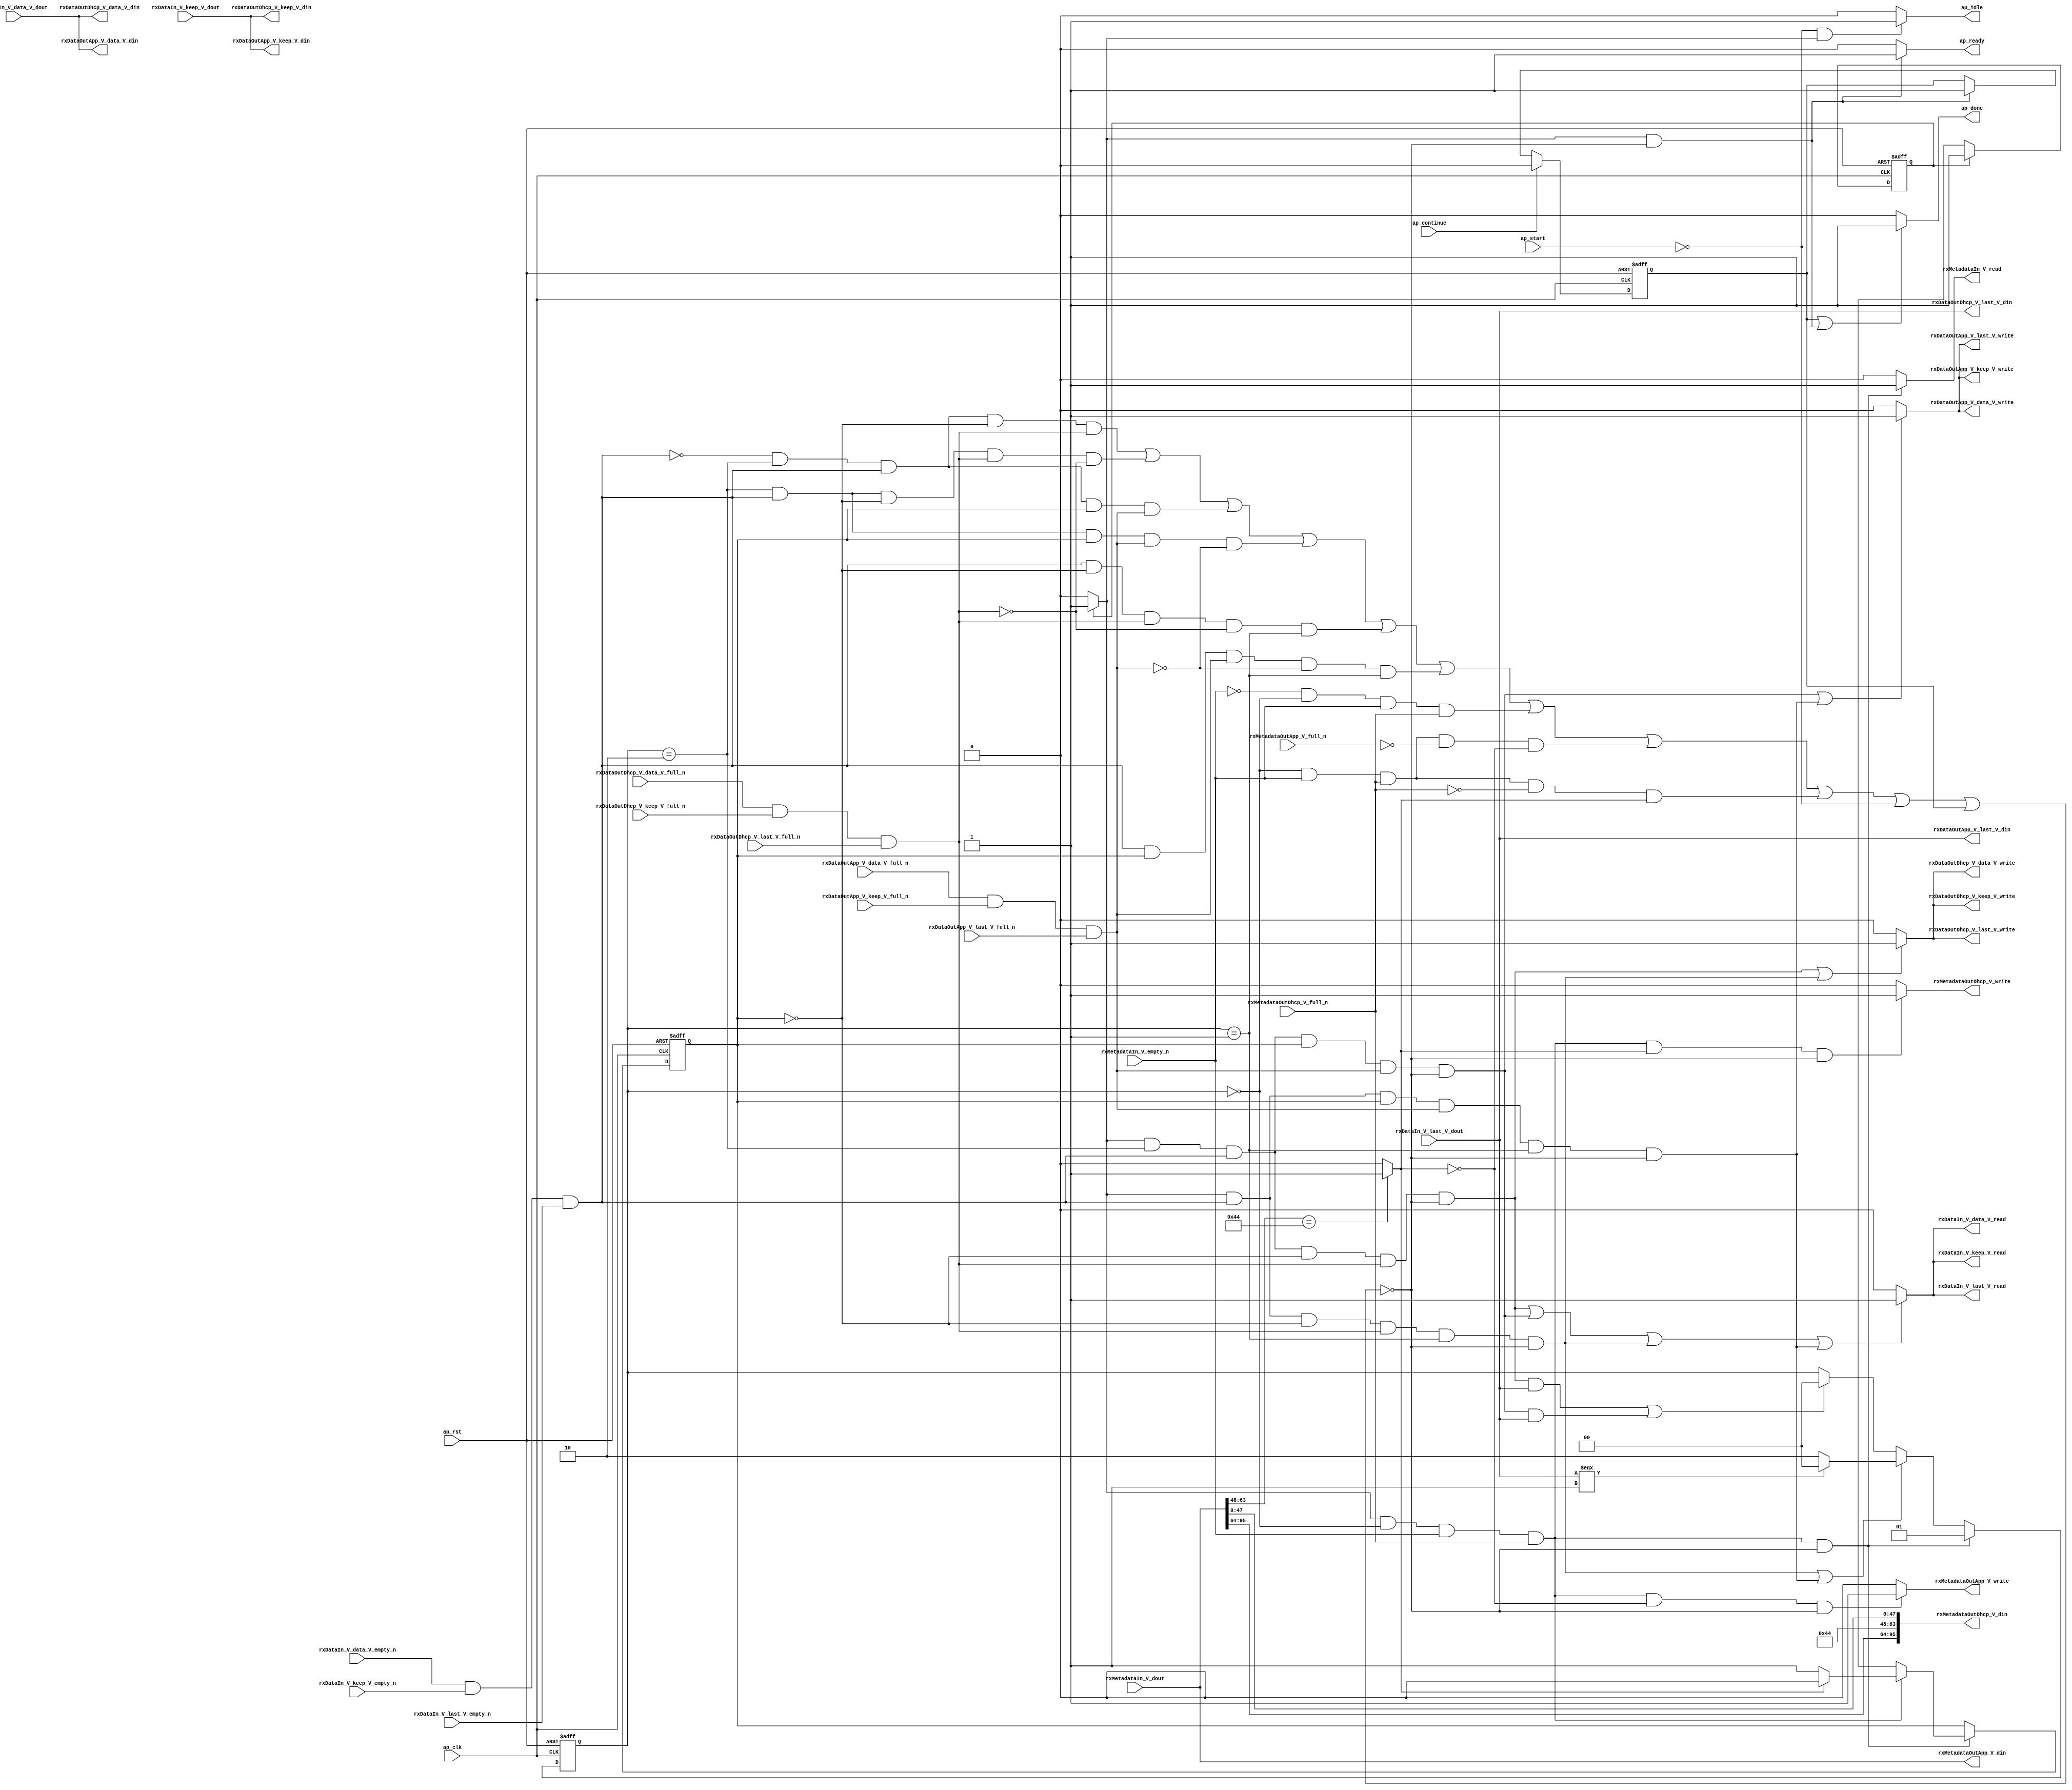
// ==============================================================
// RTL generated by Vivado(TM) HLS - High-Level Synthesis from C, C++ and SystemC
// Version: 2015.1
// Copyright (C) 2015 Xilinx Inc. All rights reserved.
// 
// ===========================================================

`timescale 1 ns / 1 ps 

module udpAppMux_appMuxRxPath (
        ap_clk,
        ap_rst,
        ap_start,
        ap_done,
        ap_continue,
        ap_idle,
        ap_ready,
        rxDataIn_V_data_V_dout,
        rxDataIn_V_data_V_empty_n,
        rxDataIn_V_data_V_read,
        rxDataIn_V_keep_V_dout,
        rxDataIn_V_keep_V_empty_n,
        rxDataIn_V_keep_V_read,
        rxDataIn_V_last_V_dout,
        rxDataIn_V_last_V_empty_n,
        rxDataIn_V_last_V_read,
        rxMetadataIn_V_dout,
        rxMetadataIn_V_empty_n,
        rxMetadataIn_V_read,
        rxDataOutDhcp_V_data_V_din,
        rxDataOutDhcp_V_data_V_full_n,
        rxDataOutDhcp_V_data_V_write,
        rxDataOutDhcp_V_keep_V_din,
        rxDataOutDhcp_V_keep_V_full_n,
        rxDataOutDhcp_V_keep_V_write,
        rxDataOutDhcp_V_last_V_din,
        rxDataOutDhcp_V_last_V_full_n,
        rxDataOutDhcp_V_last_V_write,
        rxMetadataOutDhcp_V_din,
        rxMetadataOutDhcp_V_full_n,
        rxMetadataOutDhcp_V_write,
        rxDataOutApp_V_data_V_din,
        rxDataOutApp_V_data_V_full_n,
        rxDataOutApp_V_data_V_write,
        rxDataOutApp_V_keep_V_din,
        rxDataOutApp_V_keep_V_full_n,
        rxDataOutApp_V_keep_V_write,
        rxDataOutApp_V_last_V_din,
        rxDataOutApp_V_last_V_full_n,
        rxDataOutApp_V_last_V_write,
        rxMetadataOutApp_V_din,
        rxMetadataOutApp_V_full_n,
        rxMetadataOutApp_V_write
);

parameter    ap_const_logic_1 = 1'b1;
parameter    ap_const_logic_0 = 1'b0;
parameter    ap_ST_st1_fsm_0 = 1'b1;
parameter    ap_const_lv32_0 = 32'b00000000000000000000000000000000;
parameter    ap_const_lv1_1 = 1'b1;
parameter    ap_const_lv2_0 = 2'b00;
parameter    ap_const_lv1_0 = 1'b0;
parameter    ap_const_lv2_2 = 2'b10;
parameter    ap_const_lv2_1 = 2'b1;
parameter    ap_const_lv32_30 = 32'b110000;
parameter    ap_const_lv32_3F = 32'b111111;
parameter    ap_const_lv16_44 = 16'b1000100;
parameter    ap_const_lv32_40 = 32'b1000000;
parameter    ap_const_lv32_5F = 32'b1011111;
parameter    ap_true = 1'b1;

input   ap_clk;
input   ap_rst;
input   ap_start;
output   ap_done;
input   ap_continue;
output   ap_idle;
output   ap_ready;
input  [63:0] rxDataIn_V_data_V_dout;
input   rxDataIn_V_data_V_empty_n;
output   rxDataIn_V_data_V_read;
input  [7:0] rxDataIn_V_keep_V_dout;
input   rxDataIn_V_keep_V_empty_n;
output   rxDataIn_V_keep_V_read;
input  [0:0] rxDataIn_V_last_V_dout;
input   rxDataIn_V_last_V_empty_n;
output   rxDataIn_V_last_V_read;
input  [95:0] rxMetadataIn_V_dout;
input   rxMetadataIn_V_empty_n;
output   rxMetadataIn_V_read;
output  [63:0] rxDataOutDhcp_V_data_V_din;
input   rxDataOutDhcp_V_data_V_full_n;
output   rxDataOutDhcp_V_data_V_write;
output  [7:0] rxDataOutDhcp_V_keep_V_din;
input   rxDataOutDhcp_V_keep_V_full_n;
output   rxDataOutDhcp_V_keep_V_write;
output  [0:0] rxDataOutDhcp_V_last_V_din;
input   rxDataOutDhcp_V_last_V_full_n;
output   rxDataOutDhcp_V_last_V_write;
output  [95:0] rxMetadataOutDhcp_V_din;
input   rxMetadataOutDhcp_V_full_n;
output   rxMetadataOutDhcp_V_write;
output  [63:0] rxDataOutApp_V_data_V_din;
input   rxDataOutApp_V_data_V_full_n;
output   rxDataOutApp_V_data_V_write;
output  [7:0] rxDataOutApp_V_keep_V_din;
input   rxDataOutApp_V_keep_V_full_n;
output   rxDataOutApp_V_keep_V_write;
output  [0:0] rxDataOutApp_V_last_V_din;
input   rxDataOutApp_V_last_V_full_n;
output   rxDataOutApp_V_last_V_write;
output  [95:0] rxMetadataOutApp_V_din;
input   rxMetadataOutApp_V_full_n;
output   rxMetadataOutApp_V_write;

reg ap_done;
reg ap_idle;
reg ap_ready;
reg rxMetadataIn_V_read;
reg rxMetadataOutDhcp_V_write;
reg rxMetadataOutApp_V_write;
reg    ap_done_reg = 1'b0;
(* fsm_encoding = "none" *) reg   [0:0] ap_CS_fsm = 1'b1;
reg    ap_sig_cseq_ST_st1_fsm_0;
reg    ap_sig_bdd_20;
reg   [1:0] shimState = 2'b00;
reg   [0:0] streamSourceRx_V = 1'b0;
reg   [0:0] storemerge_phi_fu_294_p4;
wire    rxDataIn_V_data_V0_status;
wire   [0:0] grp_nbreadreq_fu_182_p5;
wire   [0:0] grp_nbwritereq_fu_194_p5;
wire    rxDataOutDhcp_V_data_V1_status;
wire   [0:0] grp_nbwritereq_fu_229_p5;
wire    rxDataOutApp_V_data_V1_status;
wire   [0:0] tmp_nbreadreq_fu_254_p3;
wire   [0:0] tmp_1_nbwritereq_fu_262_p3;
wire   [0:0] tmp_6_fu_359_p2;
reg    ap_sig_bdd_157;
reg    rxDataIn_V_data_V0_update;
reg    rxDataOutDhcp_V_data_V1_update;
wire   [0:0] grp_fu_315_p1;
reg    rxDataOutApp_V_data_V1_update;
wire   [1:0] grp_fu_327_p3;
wire   [15:0] tmp_destinationSocket_port_V_fu_349_p4;
wire   [31:0] tmp_destinationSocket_addr_V_fu_365_p4;
wire   [47:0] tmp_10_fu_375_p1;
reg   [0:0] ap_NS_fsm;
reg    ap_sig_bdd_266;




/// the current state (ap_CS_fsm) of the state machine. ///
always @ (posedge ap_rst or posedge ap_clk)
begin : ap_ret_ap_CS_fsm
    if (ap_rst == 1'b1) begin
        ap_CS_fsm <= ap_ST_st1_fsm_0;
    end else begin
        ap_CS_fsm <= ap_NS_fsm;
    end
end

/// ap_done_reg assign process. ///
always @ (posedge ap_rst or posedge ap_clk)
begin : ap_ret_ap_done_reg
    if (ap_rst == 1'b1) begin
        ap_done_reg <= ap_const_logic_0;
    end else begin
        if ((ap_const_logic_1 == ap_continue)) begin
            ap_done_reg <= ap_const_logic_0;
        end else if (((ap_const_logic_1 == ap_sig_cseq_ST_st1_fsm_0) & ~ap_sig_bdd_157)) begin
            ap_done_reg <= ap_const_logic_1;
        end
    end
end

/// shimState assign process. ///
always @ (posedge ap_rst or posedge ap_clk)
begin : ap_ret_shimState
    if (ap_rst == 1'b1) begin
        shimState <= ap_const_lv2_0;
    end else begin
        if (((ap_const_logic_1 == ap_sig_cseq_ST_st1_fsm_0) & (ap_const_lv2_0 == shimState) & ~(ap_const_lv1_0 == tmp_nbreadreq_fu_254_p3) & ~(ap_const_lv1_0 == tmp_1_nbwritereq_fu_262_p3) & ~ap_sig_bdd_157)) begin
            shimState <= ap_const_lv2_1;
        end else if ((((ap_const_logic_1 == ap_sig_cseq_ST_st1_fsm_0) & ~(ap_const_lv1_0 == grp_nbreadreq_fu_182_p5) & (ap_const_lv1_0 == streamSourceRx_V) & ~(ap_const_lv1_0 == grp_nbwritereq_fu_194_p5) & (shimState == ap_const_lv2_1) & ~ap_sig_bdd_157) | ((ap_const_logic_1 == ap_sig_cseq_ST_st1_fsm_0) & ~(ap_const_lv1_0 == grp_nbreadreq_fu_182_p5) & ~(ap_const_lv1_0 == streamSourceRx_V) & ~(ap_const_lv1_0 == grp_nbwritereq_fu_229_p5) & (shimState == ap_const_lv2_1) & ~ap_sig_bdd_157))) begin
            shimState <= grp_fu_327_p3;
        end else if ((((ap_const_logic_1 == ap_sig_cseq_ST_st1_fsm_0) & (shimState == ap_const_lv2_2) & ~(ap_const_lv1_0 == grp_nbreadreq_fu_182_p5) & (ap_const_lv1_0 == streamSourceRx_V) & ~(ap_const_lv1_0 == grp_nbwritereq_fu_194_p5) & ~ap_sig_bdd_157 & ~(ap_const_lv1_0 == grp_fu_315_p1)) | ((ap_const_logic_1 == ap_sig_cseq_ST_st1_fsm_0) & (shimState == ap_const_lv2_2) & ~(ap_const_lv1_0 == grp_nbreadreq_fu_182_p5) & ~(ap_const_lv1_0 == streamSourceRx_V) & ~(ap_const_lv1_0 == grp_nbwritereq_fu_229_p5) & ~ap_sig_bdd_157 & ~(ap_const_lv1_0 == grp_fu_315_p1)))) begin
            shimState <= ap_const_lv2_0;
        end
    end
end

/// streamSourceRx_V assign process. ///
always @ (posedge ap_rst or posedge ap_clk)
begin : ap_ret_streamSourceRx_V
    if (ap_rst == 1'b1) begin
        streamSourceRx_V <= ap_const_lv1_0;
    end else begin
        if (((ap_const_logic_1 == ap_sig_cseq_ST_st1_fsm_0) & (ap_const_lv2_0 == shimState) & ~(ap_const_lv1_0 == tmp_nbreadreq_fu_254_p3) & ~(ap_const_lv1_0 == tmp_1_nbwritereq_fu_262_p3) & ~ap_sig_bdd_157)) begin
            streamSourceRx_V <= storemerge_phi_fu_294_p4;
        end
    end
end

/// ap_done assign process. ///
always @ (ap_done_reg or ap_sig_cseq_ST_st1_fsm_0 or ap_sig_bdd_157)
begin
    if (((ap_const_logic_1 == ap_done_reg) | ((ap_const_logic_1 == ap_sig_cseq_ST_st1_fsm_0) & ~ap_sig_bdd_157))) begin
        ap_done = ap_const_logic_1;
    end else begin
        ap_done = ap_const_logic_0;
    end
end

/// ap_idle assign process. ///
always @ (ap_start or ap_sig_cseq_ST_st1_fsm_0)
begin
    if ((~(ap_const_logic_1 == ap_start) & (ap_const_logic_1 == ap_sig_cseq_ST_st1_fsm_0))) begin
        ap_idle = ap_const_logic_1;
    end else begin
        ap_idle = ap_const_logic_0;
    end
end

/// ap_ready assign process. ///
always @ (ap_sig_cseq_ST_st1_fsm_0 or ap_sig_bdd_157)
begin
    if (((ap_const_logic_1 == ap_sig_cseq_ST_st1_fsm_0) & ~ap_sig_bdd_157)) begin
        ap_ready = ap_const_logic_1;
    end else begin
        ap_ready = ap_const_logic_0;
    end
end

/// ap_sig_cseq_ST_st1_fsm_0 assign process. ///
always @ (ap_sig_bdd_20)
begin
    if (ap_sig_bdd_20) begin
        ap_sig_cseq_ST_st1_fsm_0 = ap_const_logic_1;
    end else begin
        ap_sig_cseq_ST_st1_fsm_0 = ap_const_logic_0;
    end
end

/// rxDataIn_V_data_V0_update assign process. ///
always @ (ap_sig_cseq_ST_st1_fsm_0 or shimState or streamSourceRx_V or grp_nbreadreq_fu_182_p5 or grp_nbwritereq_fu_194_p5 or grp_nbwritereq_fu_229_p5 or ap_sig_bdd_157)
begin
    if ((((ap_const_logic_1 == ap_sig_cseq_ST_st1_fsm_0) & (shimState == ap_const_lv2_2) & ~(ap_const_lv1_0 == grp_nbreadreq_fu_182_p5) & (ap_const_lv1_0 == streamSourceRx_V) & ~(ap_const_lv1_0 == grp_nbwritereq_fu_194_p5) & ~ap_sig_bdd_157) | ((ap_const_logic_1 == ap_sig_cseq_ST_st1_fsm_0) & (shimState == ap_const_lv2_2) & ~(ap_const_lv1_0 == grp_nbreadreq_fu_182_p5) & ~(ap_const_lv1_0 == streamSourceRx_V) & ~(ap_const_lv1_0 == grp_nbwritereq_fu_229_p5) & ~ap_sig_bdd_157) | ((ap_const_logic_1 == ap_sig_cseq_ST_st1_fsm_0) & ~(ap_const_lv1_0 == grp_nbreadreq_fu_182_p5) & (ap_const_lv1_0 == streamSourceRx_V) & ~(ap_const_lv1_0 == grp_nbwritereq_fu_194_p5) & (shimState == ap_const_lv2_1) & ~ap_sig_bdd_157) | ((ap_const_logic_1 == ap_sig_cseq_ST_st1_fsm_0) & ~(ap_const_lv1_0 == grp_nbreadreq_fu_182_p5) & ~(ap_const_lv1_0 == streamSourceRx_V) & ~(ap_const_lv1_0 == grp_nbwritereq_fu_229_p5) & (shimState == ap_const_lv2_1) & ~ap_sig_bdd_157))) begin
        rxDataIn_V_data_V0_update = ap_const_logic_1;
    end else begin
        rxDataIn_V_data_V0_update = ap_const_logic_0;
    end
end

/// rxDataOutApp_V_data_V1_update assign process. ///
always @ (ap_sig_cseq_ST_st1_fsm_0 or shimState or streamSourceRx_V or grp_nbreadreq_fu_182_p5 or grp_nbwritereq_fu_229_p5 or ap_sig_bdd_157)
begin
    if ((((ap_const_logic_1 == ap_sig_cseq_ST_st1_fsm_0) & (shimState == ap_const_lv2_2) & ~(ap_const_lv1_0 == grp_nbreadreq_fu_182_p5) & ~(ap_const_lv1_0 == streamSourceRx_V) & ~(ap_const_lv1_0 == grp_nbwritereq_fu_229_p5) & ~ap_sig_bdd_157) | ((ap_const_logic_1 == ap_sig_cseq_ST_st1_fsm_0) & ~(ap_const_lv1_0 == grp_nbreadreq_fu_182_p5) & ~(ap_const_lv1_0 == streamSourceRx_V) & ~(ap_const_lv1_0 == grp_nbwritereq_fu_229_p5) & (shimState == ap_const_lv2_1) & ~ap_sig_bdd_157))) begin
        rxDataOutApp_V_data_V1_update = ap_const_logic_1;
    end else begin
        rxDataOutApp_V_data_V1_update = ap_const_logic_0;
    end
end

/// rxDataOutDhcp_V_data_V1_update assign process. ///
always @ (ap_sig_cseq_ST_st1_fsm_0 or shimState or streamSourceRx_V or grp_nbreadreq_fu_182_p5 or grp_nbwritereq_fu_194_p5 or ap_sig_bdd_157)
begin
    if ((((ap_const_logic_1 == ap_sig_cseq_ST_st1_fsm_0) & (shimState == ap_const_lv2_2) & ~(ap_const_lv1_0 == grp_nbreadreq_fu_182_p5) & (ap_const_lv1_0 == streamSourceRx_V) & ~(ap_const_lv1_0 == grp_nbwritereq_fu_194_p5) & ~ap_sig_bdd_157) | ((ap_const_logic_1 == ap_sig_cseq_ST_st1_fsm_0) & ~(ap_const_lv1_0 == grp_nbreadreq_fu_182_p5) & (ap_const_lv1_0 == streamSourceRx_V) & ~(ap_const_lv1_0 == grp_nbwritereq_fu_194_p5) & (shimState == ap_const_lv2_1) & ~ap_sig_bdd_157))) begin
        rxDataOutDhcp_V_data_V1_update = ap_const_logic_1;
    end else begin
        rxDataOutDhcp_V_data_V1_update = ap_const_logic_0;
    end
end

/// rxMetadataIn_V_read assign process. ///
always @ (ap_sig_cseq_ST_st1_fsm_0 or shimState or tmp_nbreadreq_fu_254_p3 or tmp_1_nbwritereq_fu_262_p3 or ap_sig_bdd_157)
begin
    if (((ap_const_logic_1 == ap_sig_cseq_ST_st1_fsm_0) & (ap_const_lv2_0 == shimState) & ~(ap_const_lv1_0 == tmp_nbreadreq_fu_254_p3) & ~(ap_const_lv1_0 == tmp_1_nbwritereq_fu_262_p3) & ~ap_sig_bdd_157)) begin
        rxMetadataIn_V_read = ap_const_logic_1;
    end else begin
        rxMetadataIn_V_read = ap_const_logic_0;
    end
end

/// rxMetadataOutApp_V_write assign process. ///
always @ (ap_sig_cseq_ST_st1_fsm_0 or shimState or tmp_nbreadreq_fu_254_p3 or tmp_1_nbwritereq_fu_262_p3 or tmp_6_fu_359_p2 or ap_sig_bdd_157)
begin
    if (((ap_const_logic_1 == ap_sig_cseq_ST_st1_fsm_0) & (ap_const_lv2_0 == shimState) & ~(ap_const_lv1_0 == tmp_nbreadreq_fu_254_p3) & ~(ap_const_lv1_0 == tmp_1_nbwritereq_fu_262_p3) & (ap_const_lv1_0 == tmp_6_fu_359_p2) & ~ap_sig_bdd_157)) begin
        rxMetadataOutApp_V_write = ap_const_logic_1;
    end else begin
        rxMetadataOutApp_V_write = ap_const_logic_0;
    end
end

/// rxMetadataOutDhcp_V_write assign process. ///
always @ (ap_sig_cseq_ST_st1_fsm_0 or shimState or tmp_nbreadreq_fu_254_p3 or tmp_1_nbwritereq_fu_262_p3 or tmp_6_fu_359_p2 or ap_sig_bdd_157)
begin
    if (((ap_const_logic_1 == ap_sig_cseq_ST_st1_fsm_0) & (ap_const_lv2_0 == shimState) & ~(ap_const_lv1_0 == tmp_nbreadreq_fu_254_p3) & ~(ap_const_lv1_0 == tmp_1_nbwritereq_fu_262_p3) & ~(ap_const_lv1_0 == tmp_6_fu_359_p2) & ~ap_sig_bdd_157)) begin
        rxMetadataOutDhcp_V_write = ap_const_logic_1;
    end else begin
        rxMetadataOutDhcp_V_write = ap_const_logic_0;
    end
end

/// storemerge_phi_fu_294_p4 assign process. ///
always @ (tmp_6_fu_359_p2 or ap_sig_bdd_266)
begin
    if (ap_sig_bdd_266) begin
        if (~(ap_const_lv1_0 == tmp_6_fu_359_p2)) begin
            storemerge_phi_fu_294_p4 = ap_const_lv1_0;
        end else if ((ap_const_lv1_0 == tmp_6_fu_359_p2)) begin
            storemerge_phi_fu_294_p4 = ap_const_lv1_1;
        end else begin
            storemerge_phi_fu_294_p4 = 'bx;
        end
    end else begin
        storemerge_phi_fu_294_p4 = 'bx;
    end
end
/// the next state (ap_NS_fsm) of the state machine. ///
always @ (ap_CS_fsm or ap_sig_bdd_157)
begin
    case (ap_CS_fsm)
        ap_ST_st1_fsm_0 : 
        begin
            ap_NS_fsm = ap_ST_st1_fsm_0;
        end
        default : 
        begin
            ap_NS_fsm = 'bx;
        end
    endcase
end


/// ap_sig_bdd_157 assign process. ///
always @ (ap_start or ap_done_reg or rxMetadataIn_V_empty_n or rxMetadataOutDhcp_V_full_n or rxMetadataOutApp_V_full_n or shimState or streamSourceRx_V or rxDataIn_V_data_V0_status or grp_nbreadreq_fu_182_p5 or grp_nbwritereq_fu_194_p5 or rxDataOutDhcp_V_data_V1_status or grp_nbwritereq_fu_229_p5 or rxDataOutApp_V_data_V1_status or tmp_nbreadreq_fu_254_p3 or tmp_1_nbwritereq_fu_262_p3 or tmp_6_fu_359_p2)
begin
    ap_sig_bdd_157 = (((rxDataIn_V_data_V0_status == ap_const_logic_0) & (shimState == ap_const_lv2_2) & ~(ap_const_lv1_0 == grp_nbreadreq_fu_182_p5) & (ap_const_lv1_0 == streamSourceRx_V) & ~(ap_const_lv1_0 == grp_nbwritereq_fu_194_p5)) | ((shimState == ap_const_lv2_2) & ~(ap_const_lv1_0 == grp_nbreadreq_fu_182_p5) & (ap_const_lv1_0 == streamSourceRx_V) & ~(ap_const_lv1_0 == grp_nbwritereq_fu_194_p5) & (rxDataOutDhcp_V_data_V1_status == ap_const_logic_0)) | ((rxDataIn_V_data_V0_status == ap_const_logic_0) & (shimState == ap_const_lv2_2) & ~(ap_const_lv1_0 == grp_nbreadreq_fu_182_p5) & ~(ap_const_lv1_0 == streamSourceRx_V) & ~(ap_const_lv1_0 == grp_nbwritereq_fu_229_p5)) | ((shimState == ap_const_lv2_2) & ~(ap_const_lv1_0 == grp_nbreadreq_fu_182_p5) & ~(ap_const_lv1_0 == streamSourceRx_V) & ~(ap_const_lv1_0 == grp_nbwritereq_fu_229_p5) & (rxDataOutApp_V_data_V1_status == ap_const_logic_0)) | ((rxDataIn_V_data_V0_status == ap_const_logic_0) & ~(ap_const_lv1_0 == grp_nbreadreq_fu_182_p5) & (ap_const_lv1_0 == streamSourceRx_V) & ~(ap_const_lv1_0 == grp_nbwritereq_fu_194_p5) & (shimState == ap_const_lv2_1)) | (~(ap_const_lv1_0 == grp_nbreadreq_fu_182_p5) & (ap_const_lv1_0 == streamSourceRx_V) & ~(ap_const_lv1_0 == grp_nbwritereq_fu_194_p5) & (rxDataOutDhcp_V_data_V1_status == ap_const_logic_0) & (shimState == ap_const_lv2_1)) | ((rxDataIn_V_data_V0_status == ap_const_logic_0) & ~(ap_const_lv1_0 == grp_nbreadreq_fu_182_p5) & ~(ap_const_lv1_0 == streamSourceRx_V) & ~(ap_const_lv1_0 == grp_nbwritereq_fu_229_p5) & (shimState == ap_const_lv2_1)) | (~(ap_const_lv1_0 == grp_nbreadreq_fu_182_p5) & ~(ap_const_lv1_0 == streamSourceRx_V) & ~(ap_const_lv1_0 == grp_nbwritereq_fu_229_p5) & (rxDataOutApp_V_data_V1_status == ap_const_logic_0) & (shimState == ap_const_lv2_1)) | ((rxMetadataIn_V_empty_n == ap_const_logic_0) & (ap_const_lv2_0 == shimState) & ~(ap_const_lv1_0 == tmp_nbreadreq_fu_254_p3) & ~(ap_const_lv1_0 == tmp_1_nbwritereq_fu_262_p3)) | ((ap_const_lv2_0 == shimState) & ~(ap_const_lv1_0 == tmp_nbreadreq_fu_254_p3) & ~(ap_const_lv1_0 == tmp_1_nbwritereq_fu_262_p3) & (rxMetadataOutApp_V_full_n == ap_const_logic_0) & (ap_const_lv1_0 == tmp_6_fu_359_p2)) | ((ap_const_lv2_0 == shimState) & ~(ap_const_lv1_0 == tmp_nbreadreq_fu_254_p3) & ~(ap_const_lv1_0 == tmp_1_nbwritereq_fu_262_p3) & (rxMetadataOutDhcp_V_full_n == ap_const_logic_0) & ~(ap_const_lv1_0 == tmp_6_fu_359_p2)) | (ap_start == ap_const_logic_0) | (ap_done_reg == ap_const_logic_1));
end

/// ap_sig_bdd_20 assign process. ///
always @ (ap_CS_fsm)
begin
    ap_sig_bdd_20 = (ap_CS_fsm[ap_const_lv32_0] == ap_const_lv1_1);
end

/// ap_sig_bdd_266 assign process. ///
always @ (ap_sig_cseq_ST_st1_fsm_0 or shimState or tmp_nbreadreq_fu_254_p3 or tmp_1_nbwritereq_fu_262_p3)
begin
    ap_sig_bdd_266 = ((ap_const_logic_1 == ap_sig_cseq_ST_st1_fsm_0) & (ap_const_lv2_0 == shimState) & ~(ap_const_lv1_0 == tmp_nbreadreq_fu_254_p3) & ~(ap_const_lv1_0 == tmp_1_nbwritereq_fu_262_p3));
end
assign grp_fu_315_p1 = rxDataIn_V_last_V_dout;
assign grp_fu_327_p3 = ((rxDataIn_V_last_V_dout[0:0]===1'b1)? ap_const_lv2_0: ap_const_lv2_2);
assign grp_nbreadreq_fu_182_p5 = (rxDataIn_V_data_V_empty_n & rxDataIn_V_keep_V_empty_n & rxDataIn_V_last_V_empty_n);
assign grp_nbwritereq_fu_194_p5 = (rxDataOutDhcp_V_data_V_full_n & rxDataOutDhcp_V_keep_V_full_n & rxDataOutDhcp_V_last_V_full_n);
assign grp_nbwritereq_fu_229_p5 = (rxDataOutApp_V_data_V_full_n & rxDataOutApp_V_keep_V_full_n & rxDataOutApp_V_last_V_full_n);
assign rxDataIn_V_data_V0_status = (rxDataIn_V_data_V_empty_n & rxDataIn_V_keep_V_empty_n & rxDataIn_V_last_V_empty_n);
assign rxDataIn_V_data_V_read = rxDataIn_V_data_V0_update;
assign rxDataIn_V_keep_V_read = rxDataIn_V_data_V0_update;
assign rxDataIn_V_last_V_read = rxDataIn_V_data_V0_update;
assign rxDataOutApp_V_data_V1_status = (rxDataOutApp_V_data_V_full_n & rxDataOutApp_V_keep_V_full_n & rxDataOutApp_V_last_V_full_n);
assign rxDataOutApp_V_data_V_din = rxDataIn_V_data_V_dout;
assign rxDataOutApp_V_data_V_write = rxDataOutApp_V_data_V1_update;
assign rxDataOutApp_V_keep_V_din = rxDataIn_V_keep_V_dout;
assign rxDataOutApp_V_keep_V_write = rxDataOutApp_V_data_V1_update;
assign rxDataOutApp_V_last_V_din = rxDataIn_V_last_V_dout;
assign rxDataOutApp_V_last_V_write = rxDataOutApp_V_data_V1_update;
assign rxDataOutDhcp_V_data_V1_status = (rxDataOutDhcp_V_data_V_full_n & rxDataOutDhcp_V_keep_V_full_n & rxDataOutDhcp_V_last_V_full_n);
assign rxDataOutDhcp_V_data_V_din = rxDataIn_V_data_V_dout;
assign rxDataOutDhcp_V_data_V_write = rxDataOutDhcp_V_data_V1_update;
assign rxDataOutDhcp_V_keep_V_din = rxDataIn_V_keep_V_dout;
assign rxDataOutDhcp_V_keep_V_write = rxDataOutDhcp_V_data_V1_update;
assign rxDataOutDhcp_V_last_V_din = rxDataIn_V_last_V_dout;
assign rxDataOutDhcp_V_last_V_write = rxDataOutDhcp_V_data_V1_update;
assign rxMetadataOutApp_V_din = rxMetadataIn_V_dout;
assign rxMetadataOutDhcp_V_din = {{{tmp_destinationSocket_addr_V_fu_365_p4}, {ap_const_lv16_44}}, {tmp_10_fu_375_p1}};
assign tmp_10_fu_375_p1 = rxMetadataIn_V_dout[47:0];
assign tmp_1_nbwritereq_fu_262_p3 = rxMetadataOutDhcp_V_full_n;
assign tmp_6_fu_359_p2 = (tmp_destinationSocket_port_V_fu_349_p4 == ap_const_lv16_44? 1'b1: 1'b0);
assign tmp_destinationSocket_addr_V_fu_365_p4 = {{rxMetadataIn_V_dout[ap_const_lv32_5F : ap_const_lv32_40]}};
assign tmp_destinationSocket_port_V_fu_349_p4 = {{rxMetadataIn_V_dout[ap_const_lv32_3F : ap_const_lv32_30]}};
assign tmp_nbreadreq_fu_254_p3 = rxMetadataIn_V_empty_n;


endmodule //udpAppMux_appMuxRxPath